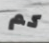
كم